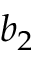
b _ { 2 }